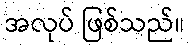
အလုပ် ဖြစ်သည်။